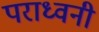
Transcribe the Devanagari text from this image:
पराध्वनी